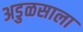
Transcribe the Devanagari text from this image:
अडुळसाला